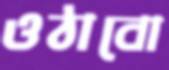
ওঠাবো